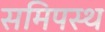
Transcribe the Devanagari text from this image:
समिपस्थ